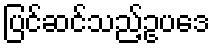
ပြင်ဆင်သည့်ဥပဒေ